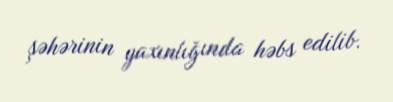
şəhərinin yaxınlığında həbs edilib.